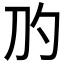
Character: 𰄛